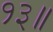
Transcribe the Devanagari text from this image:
१३॥